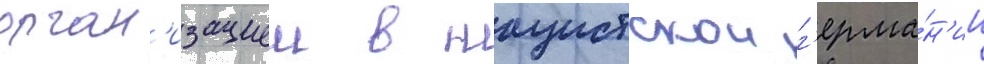
орган'изациеи в нацистскои г'ерма́н'ии